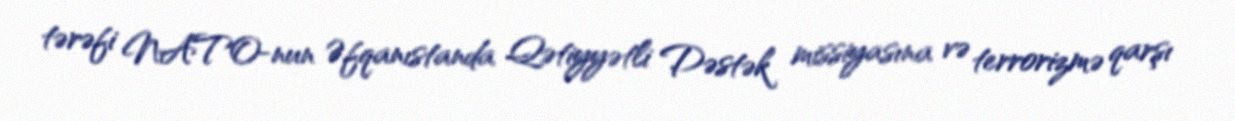
tərəfi NATO-nun Əfqanıstanda Qətiyyətli Dəstək missiyasına və terrorizmə qarşı